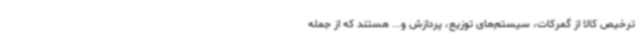
ترخیص کالا از گمرکات، سیستم‌های توزیع، پردازش و... هستند که از جمله